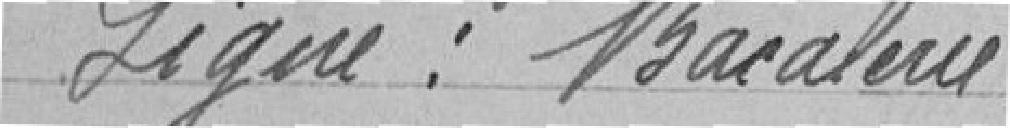
Signé : Bacalerie